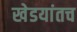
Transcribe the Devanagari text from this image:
खेडयांतच